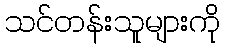
သင်တန်းသူများကို